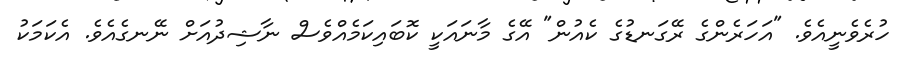
ހުރެވެނީއެވެ. "އަހަރެންގެ ރޭގަނޑުގެ ކެއުން" އޭގެ މާނައަކީ ކޮބައިކަމެއްވެސް ނާޝިދުއަށް ނޭނގެއެވެ. އެކަމަކު